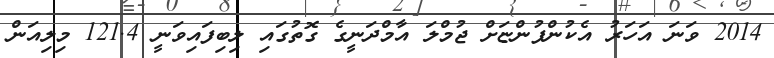
2014 ވަަނަ އަހަރު އެކުންފުންޏަށް ޖުމްލަ އާމްދަނީގެ ގޮތުގައި ލިބިފައިވަނީ 121.4 މިލިއަން